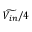
\widetilde { V _ { i n } } / 4